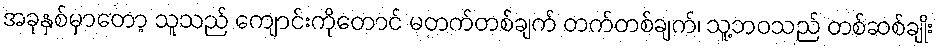
အခုနှစ်မှာတော့ သူသည် ကျောင်းကိုတောင် မတက်တစ်ချက် တက်တစ်ချက်၊ သူ့ဘဝသည် တစ်ဆစ်ချိုး